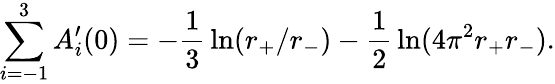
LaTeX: \sum_{i=-1}^{3}A_{i}^{\prime}(0)=-{\frac{1}{3}}\ln(r_{+}/r_{-})-{\frac{1}{2}}\ln(4\pi^{2}r_{+}r_{-}).